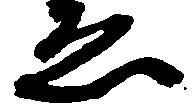
ゑ